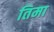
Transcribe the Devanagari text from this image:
तिमा